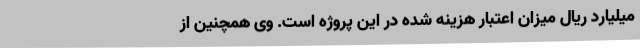
میلیارد ریال میزان اعتبار هزینه شده در این پروژه است. وی همچنین از